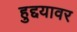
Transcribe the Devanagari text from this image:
हुद्दयावर